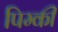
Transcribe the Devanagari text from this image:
पिम्की